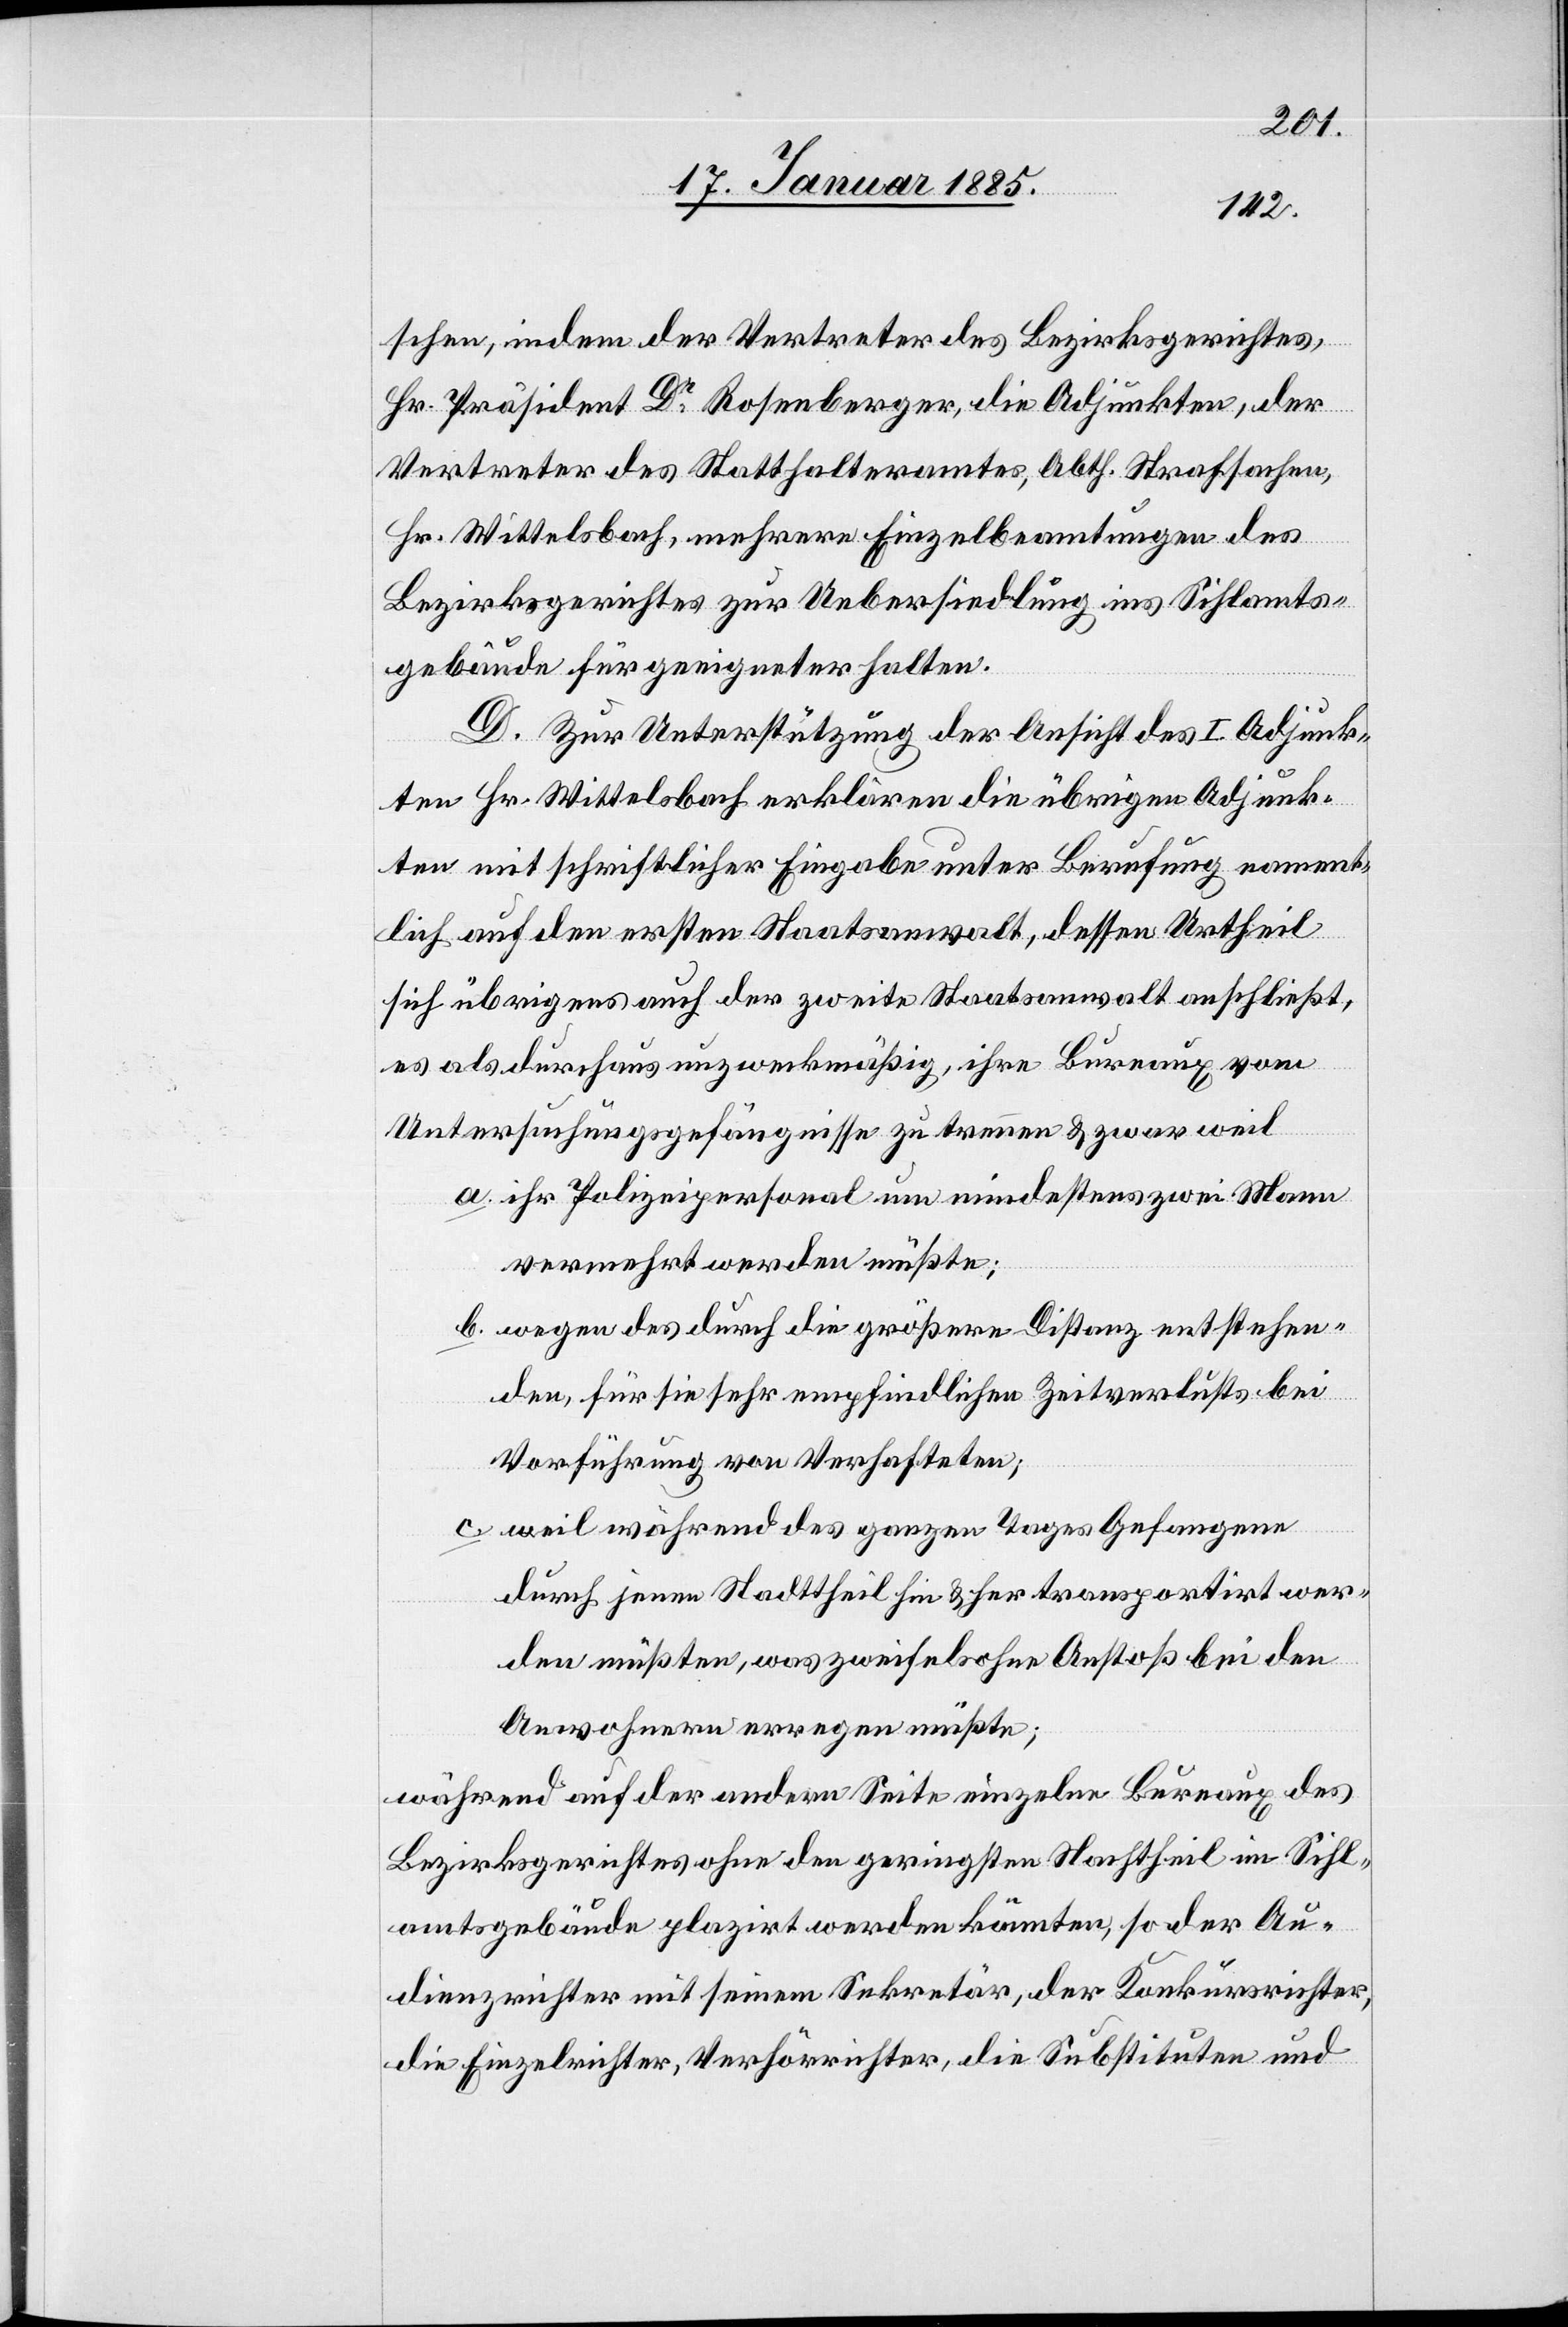
schen, indem der Vertreter des Bezirksgerichtes
Hr. Präsident Dr Rosenberger, die Adjunkten, der
Vertreter des Statthalteramtes, Abth. Strafsachen,
Hr. Wittelsbach, mehrere Einzelbeamtungen des
Bezirksgerichtes zur Uebersiedlung ins Sihlamts¬
gebäude für geeigneter halten.
D. Zur Unterstützung der Ansicht des I. Adjunk¬
ten Hr. Wittelsbach erklären die übrigen Adjunk¬
ten mit schriftlicher Eingabe unter Berufung nament¬
lich auf den ersten Staatsanwalt, dessen Urtheil
sich übrigens auch der zweite Staatsanwalt anschließt,
es als durchaus unzweckmäßig, ihre Bureaux vom
Untersuchungsgefängnisse zu trennen & zwar weil
a. ihr Polizeipersonal um mindestens zwei Mann
vermehrt werden müßte;
b. wegen des durch die größere Distanz entstehen¬
den, für sie sehr empfindlichen Zeitverlusts bei
Vorführung von Verhafteten;
c. weil während des ganzen Tages Gefangene
durch jenen Stadttheil hin & her transportirt wer¬
den müßten, was zweifelsohne Anstoß bei den
Anwohnern erregen müßte;
während auf der anderen Seite einzelne Bureaux des
Bezirksgerichtes ohne den geringsten Nachtheil im Sihl¬
amtsgebäude platzirt werden könnten, so der Au¬
dienzrichter mit seinem Sekretär, der Konkursrichter,
die Einzelrichter, Verhörrichter, die Substituten und